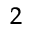
^ { 2 }